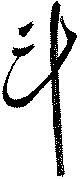
斗